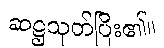
ဆဋ္ဌသုတ်ပြီး၏။